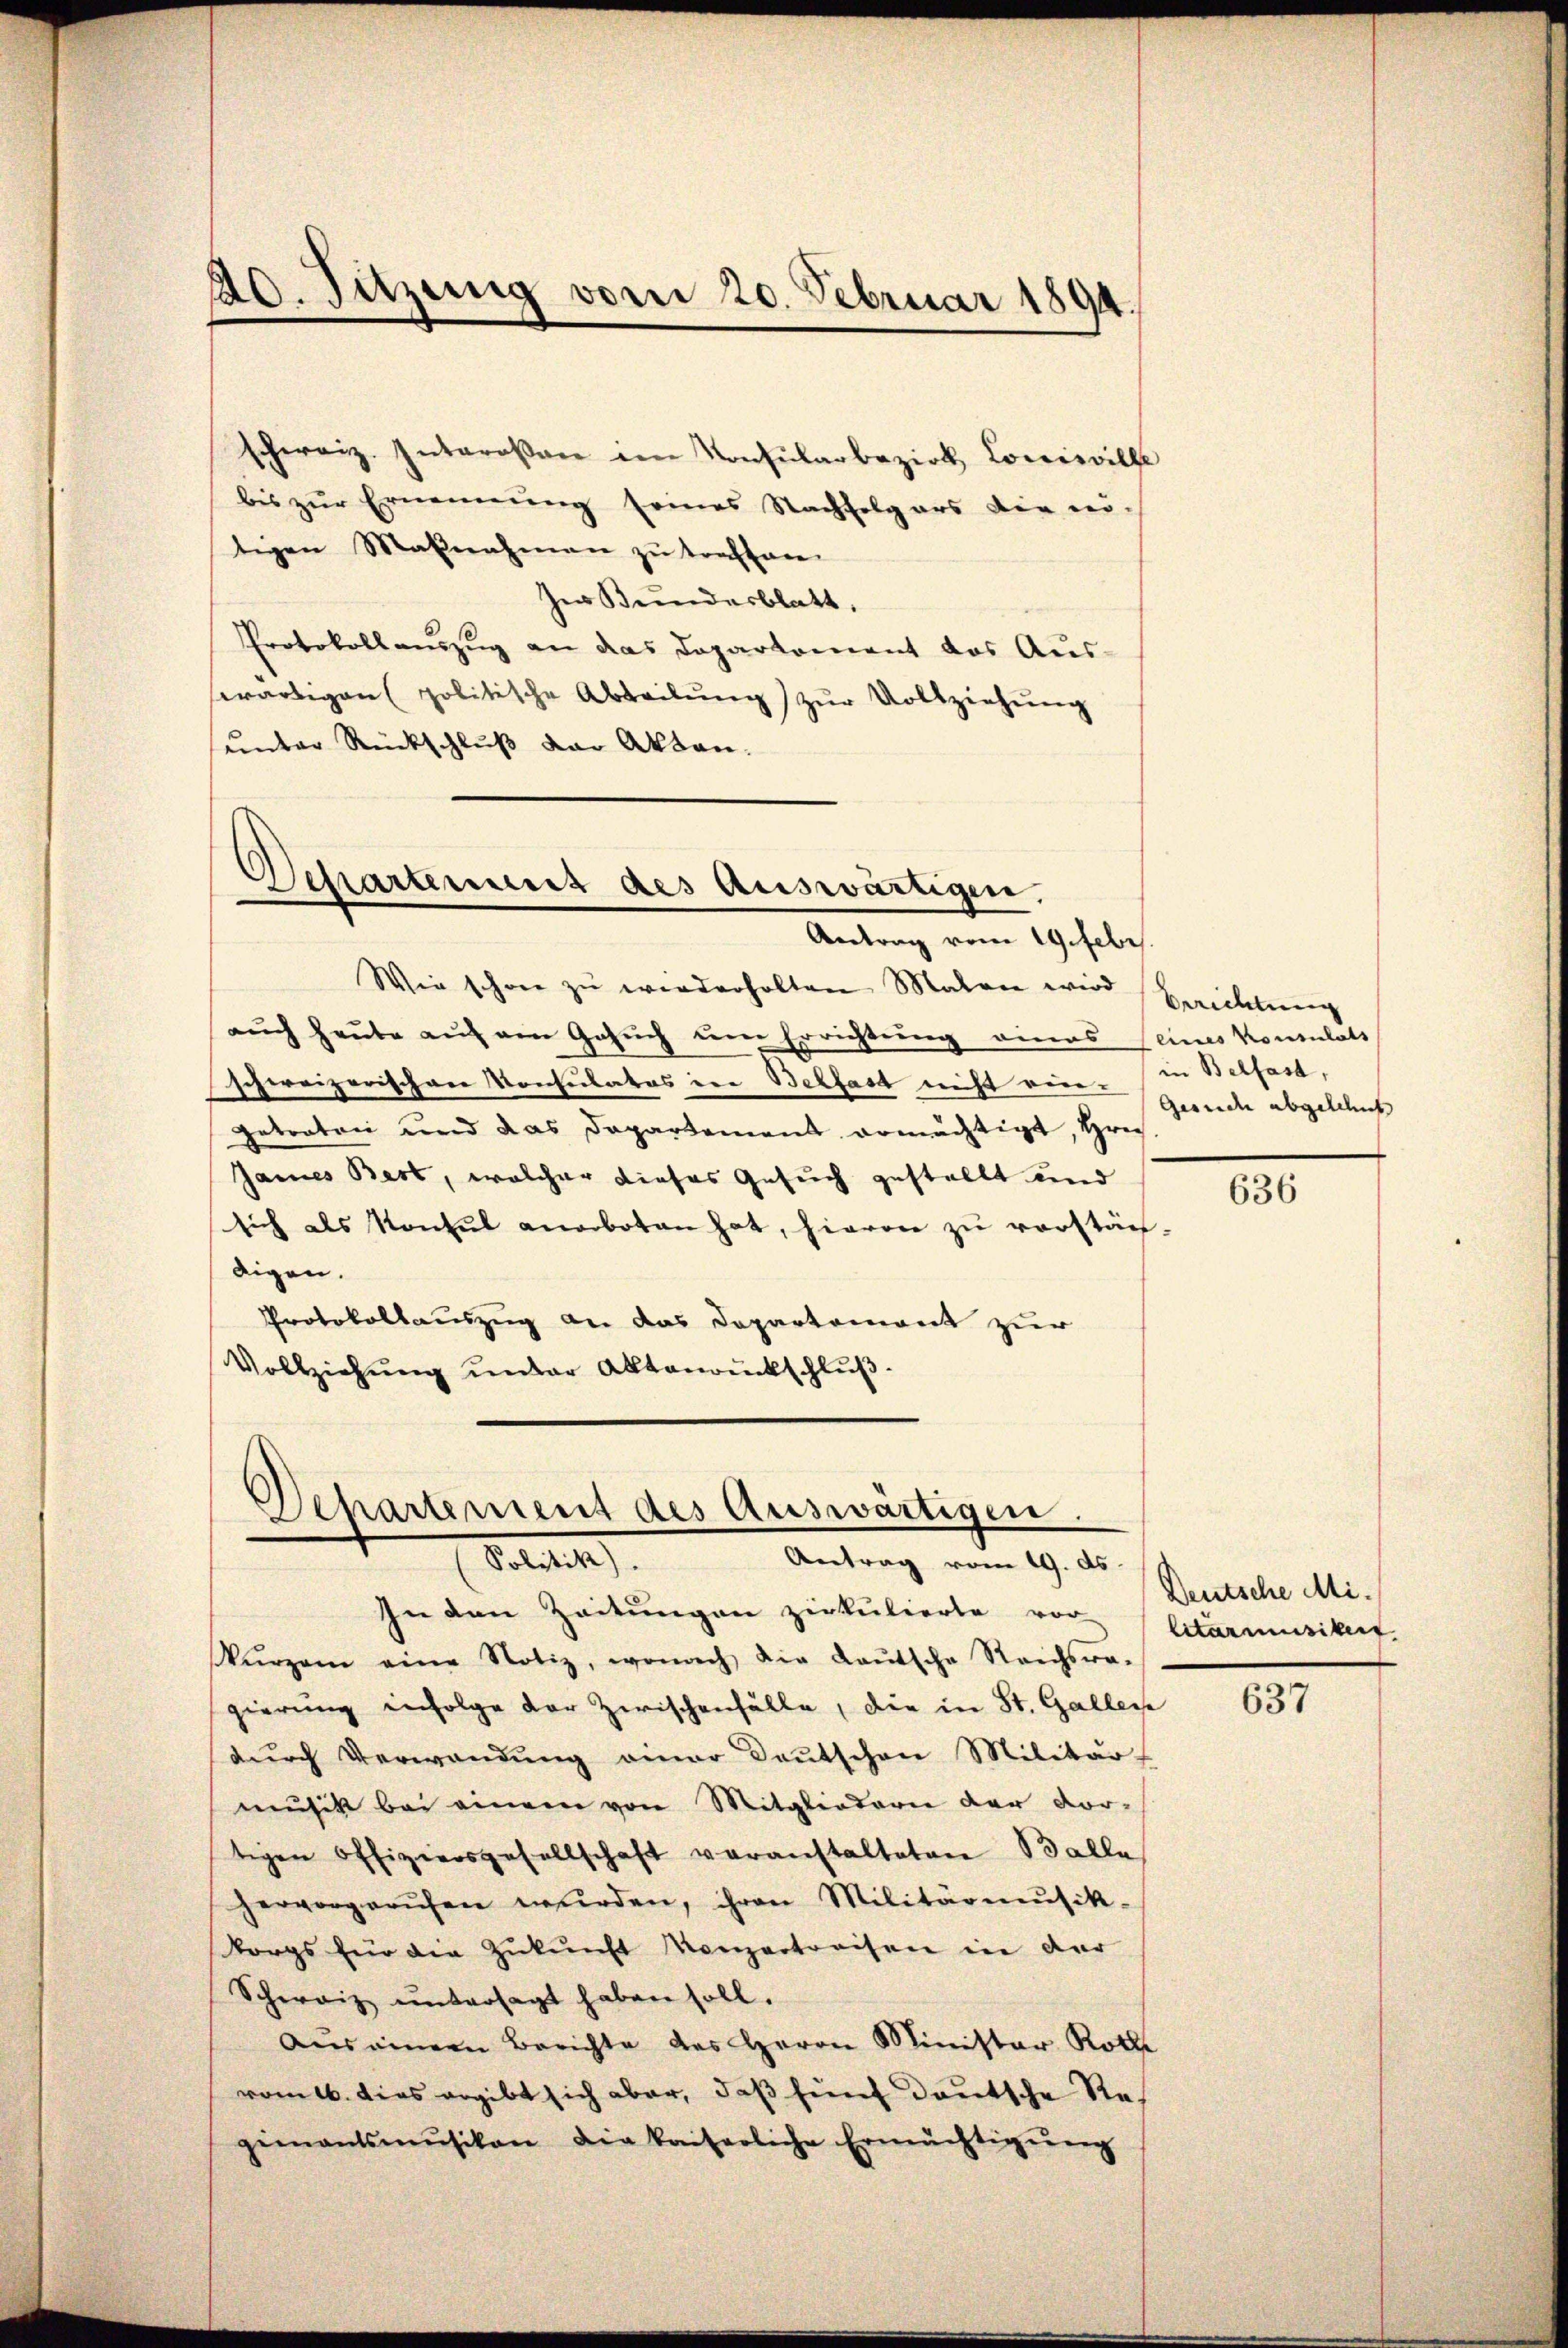
schweiz. Interoser im Konsularbezirk Louisville
bis zŭr Ernennung seines Nachfolgers die nö-
tigen Maßnahmen zu traffan
Ie Bundesblatt.
Protokollauszug an das Daparkoment das Aus-
swärtigen (politische Abteilŭng zŭr Vollziehŭng
unter Rückschluß der Akten.

20. Sitzung vom 20. Februar 1894.

Departement des Auswärtigen,
Antrag vom 19. Febr

Wie schon zu wiederholten Malen wird Baichtung
auch heute auf am Gesuch um Errichtung eines seines Konsulats
schweizerischen Konsulatos in Belfast nicht von Gesuche abgelehnt
Getraten und das Departement ermächtigt, Hrn.
James Bert, welcher dieses Gesuch gestellt und
sich als Konsul anerboten hat, hievon zu verstän-
digen.
Protokollauszug an das Departement zur
Vollziehŭng ŭnter Aktenrückschlŭβ

Separtement des Auswärtigen
Antrag vom 19. ds.
Solit
In den Zeitungen zukulierte vor

in Belfast,

636

Deutsche Militärmusikeit.

kŭrzem eine Notiz, wonach die Laŭtsche Reichsra-
gierung infolge der Zwischenfälle, die in St. Galler
dŭrch Verwandŭng einer Deutschen Militär-
musik bei einem von Mitgliedern der vortigen Offiziersgesellschaft veranstalteten Balle
hervorgerufen wurden, ihren Militärmusik-
korps für die Zŭkŭnft Konzertreisen in der
Schweiz untersagt haben soll.
aŭs einem Berichte des Herrn Minister Rothe
vom 16. dies ergibt sich aber, daß fünf deutsche Regimentsmŭsikon die kaiserliche Ermächtigŭng

637